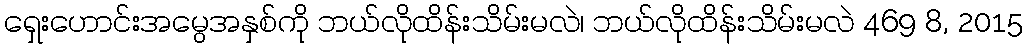
ရှေးဟောင်းအမွေအနှစ်ကို ဘယ်လိုထိန်းသိမ်းမလဲ၊ ဘယ်လိုထိန်းသိမ်းမလဲ 469 8, 2015